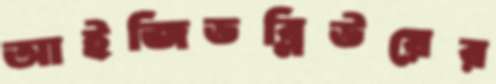
আইজিডব্লিউয়ের